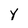
Character: Y